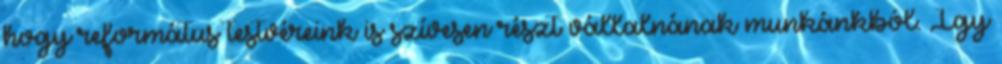
hogy református testvéreink is szívesen részt vállalnának munkánkból. Igy